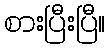
စားပြီးပြီ။